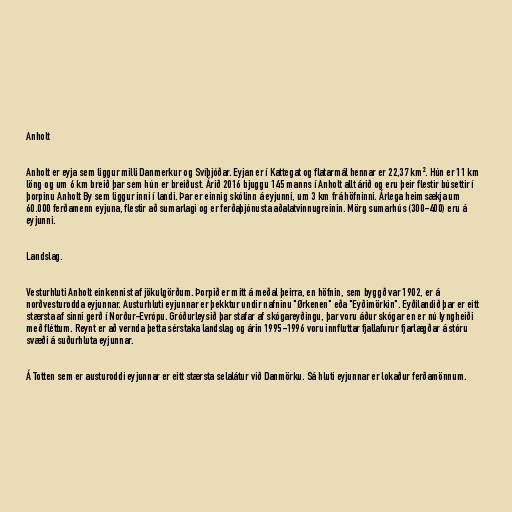
Anholt

Anholt er eyja sem liggur milli Danmerkur og Svíþjóðar. Eyjan er í Kattegat og flatarmál hennar er 22,37 km². Hún er 11 km
löng og um 6 km breið þar sem hún er breiðust. Árið 2016 bjuggu 145 manns í Anholt allt árið og eru þeir flestir búsettir í
þorpinu Anholt By sem liggur inni í landi. Þar er einnig skólinn á eyjunni, um 3 km frá höfninni. Árlega heimsækja um
60.000 ferðamenn eyjuna, flestir að sumarlagi og er ferðaþjónusta aðalatvinnugreinin. Mörg sumarhús (300-400) eru á
eyjunni.

Landslag.

Vesturhluti Anholt einkennist af jökulgörðum. Þorpið er mitt á meðal þeirra, en höfnin, sem byggð var 1902, er á
norðvesturodda eyjunnar. Austurhluti eyjunnar er þekktur undir nafninu "Ørkenen" eða "Eyðimörkin". Eyðilandið þar er eitt
stærsta af sinni gerð í Norður-Evrópu. Gróðurleysið þar stafar af skógareyðingu, þar voru áður skógar en er nú lyngheiði
með fléttum. Reynt er að vernda þetta sérstaka landslag og árin 1995-1996 voru innfluttar fjallafurur fjarlægðar á stóru
svæði á suðurhluta eyjunnar.

Á Totten sem er austuroddi eyjunnar er eitt stærsta selalátur við Danmörku. Sá hluti eyjunnar er lokaður ferðamönnum.